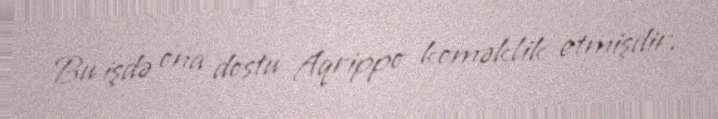
Bu işdə ona dostu Aqrippo koməklik etmişdir.